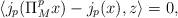
LaTeX: \begin{align*} \langle j_p(\Pi_M^p x) - j_p(x), z \rangle = 0, \end{align*}